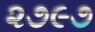
૨૭૯૭